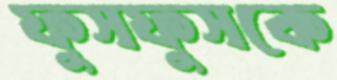
ফুসফুসকে